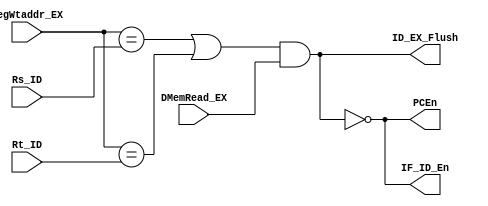
`timescale 1ns / 1ps
//////////////////////////////////////////////////////////////////////////////////
// Company: 
// Engineer: 
// 
// Design Name: 
// Module Name:    hazard 
// Project Name: 
// Target Devices: 
// Tool versions: 
// Description: 
//
// Dependencies: 
//
// Revision: 
// Revision 0.01 - File Created
// Additional Comments: 
//
//////////////////////////////////////////////////////////////////////////////////
module hazard(//LWID,bubble
	 input [4:0] Rs_ID,
	 input [4:0] Rt_ID, 
	 input [4:0] RegWtaddr_EX,
	 input DMemRead_EX,
	 output PCEn,
	 output IF_ID_En,
	 output ID_EX_Flush
    );
	assign ID_EX_Flush = ((RegWtaddr_EX == Rs_ID) || (RegWtaddr_EX == Rt_ID)) && DMemRead_EX;//1
	assign IF_ID_En = ~ID_EX_Flush;//0
	assign PCEn = ~ID_EX_Flush;//0

endmodule